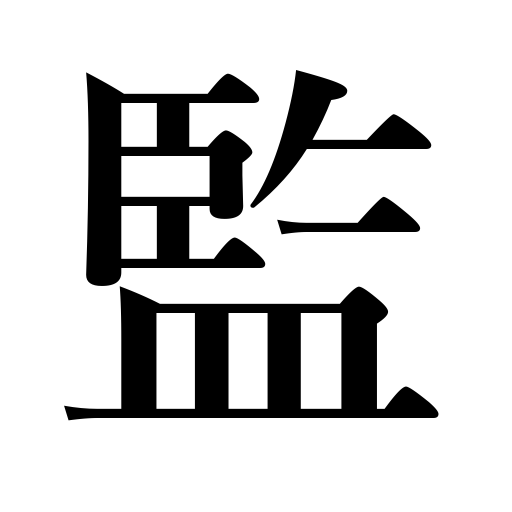
Meanings: government office,head official,director,office